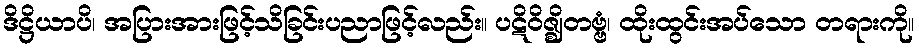
ဒိဋ္ဌိယာပိ၊ အပြားအားဖြင့်သိခြင်းပညာဖြင့်လည်း။ ပဋိဝိဇ္ဈိတဗ္ဗံ၊ ထိုးထွင်းအပ်သော တရားကို။